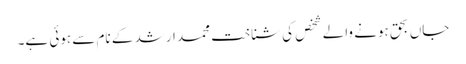
جاں بحق ہونے والے شخص کی شناخت محمد ارشد کے نام سے ہوئی ہے۔